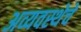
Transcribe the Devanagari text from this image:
अव्यवस्थेचे